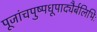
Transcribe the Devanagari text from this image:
पूजांचपुष्पधूपाद्यैर्बलिभिः